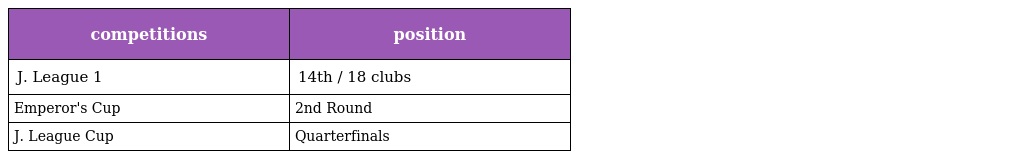
| competitions | position |
 | --- | --- |
 | J. League 1 | 14th / 18 clubs |
 | Emperor's Cup | 2nd Round |
 | J. League Cup | Quarterfinals |